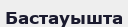
Бастауышта